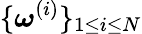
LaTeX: \{ \boldsymbol\omega^{(i)}\} _{1\leq i\leq N}